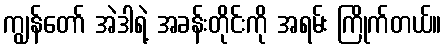
ကျွန်တော် အဲဒါရဲ့ အခန်းတိုင်းကို အရမ်း ကြိုက်တယ်။